Document type: Acquittance
Year: 1296
Scribe: Jaume de Malví
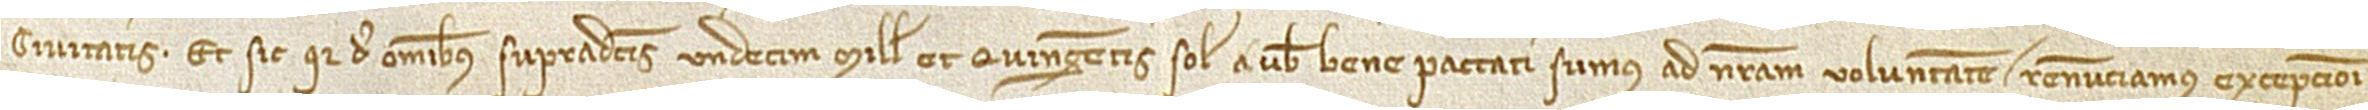
civitatis. Et sic quia de omnibus supradictis undecim mille et quingentis solidis a vobis bene paccati sumus ad nostram voluntatem, renunciamus excepcioni